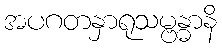
အပဂတနှာရုသမ္ဗန္ဓာနိ